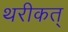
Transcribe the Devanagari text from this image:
थरीकत्